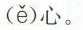
恶(ě)心。